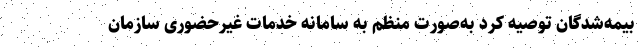
بیمه‌شدگان توصیه کرد به‌صورت منظم به سامانه خدمات غیرحضوری سازمان